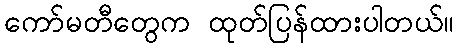
ကော်မတီတွေက ထုတ်ပြန်ထားပါတယ်။